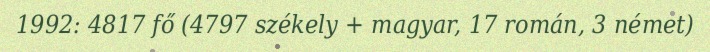
1992: 4817 fő (4797 székely + magyar, 17 román, 3 német)